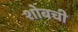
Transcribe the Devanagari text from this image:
शोबची